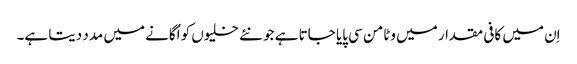
اِن میں کافی مقدار میں وٹامن سی پایا جاتا ہے جو نئے خلیوں کو اُگانے میں مدد دیتا ہے۔